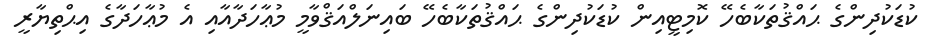
ކުޑަކުދިންގެ ޙައްޤުތަކާބެހޭ ކޮމިޓީއިން ކުޑަކުދިންގެ ޙައްޤުތަކާބެހޭ ބައިނަލްއަޤްވާމީ މުޢާހަދާއާއި އެ މުޢާހަދާގެ އިޙްތިޔާރީ